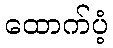
ထောက်ပံ့